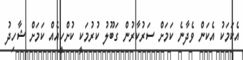
އެކަމަކު އެކަން ވެދާނެ ކަމަށް ސަރުކާރުން ގަބޫލު ކުރުމަކީ ކުށްހީއެއް ކަމަށް ޝާހިދު